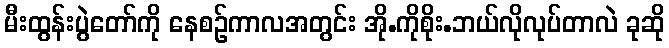
မီးထွန်းပွဲတော်ကို နေစဉ်ကာလအတွင်း အို.ကိုစိုး.ဘယ်လိုလုပ်တာလဲ ခုဆို